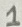
Text: 1